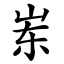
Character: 岽